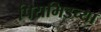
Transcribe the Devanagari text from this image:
पिरामिडच्या